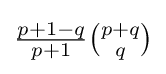
{\tfrac {p+1-q}{p+1}}{\tbinom {p+q}{q}}